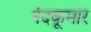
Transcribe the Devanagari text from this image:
नंदकूमार